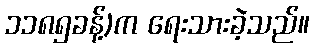
၁၁၈၅ခန့်)က ရေးသားခဲ့သည်။